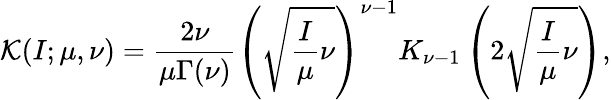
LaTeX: \mathcal{K}(I;\mu,\nu)=\frac{2\nu}{\mu\Gamma(\nu)}\left(\sqrt{\frac{I}{\mu}\nu}\right)^{\nu-1}K_{\nu-1}\left(2\sqrt{\frac{I}{\mu}\nu}\right),